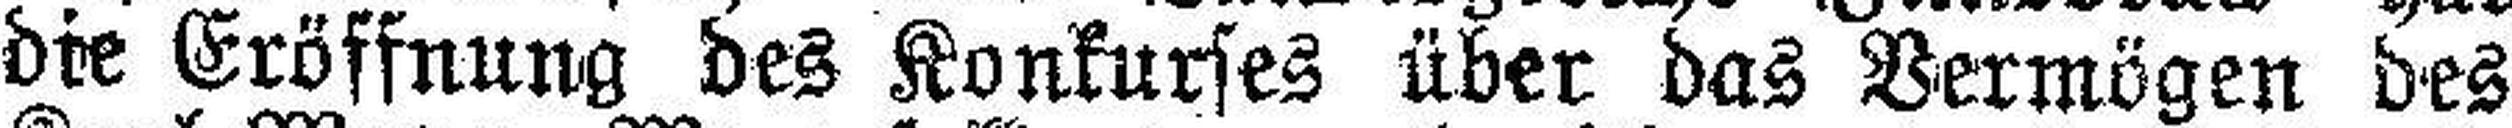
die Eröffnung des Konkurses über das Vermögen des